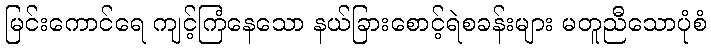
မြင်းကောင်ရေ ကျင့်ကြံနေသော နယ်ခြားစောင့်ရဲစခန်းများ မတူညီသောပုံစံ